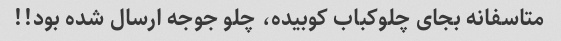
متاسفانه بجای چلوکباب کوبیده، چلو جوجه ارسال شده بود!!